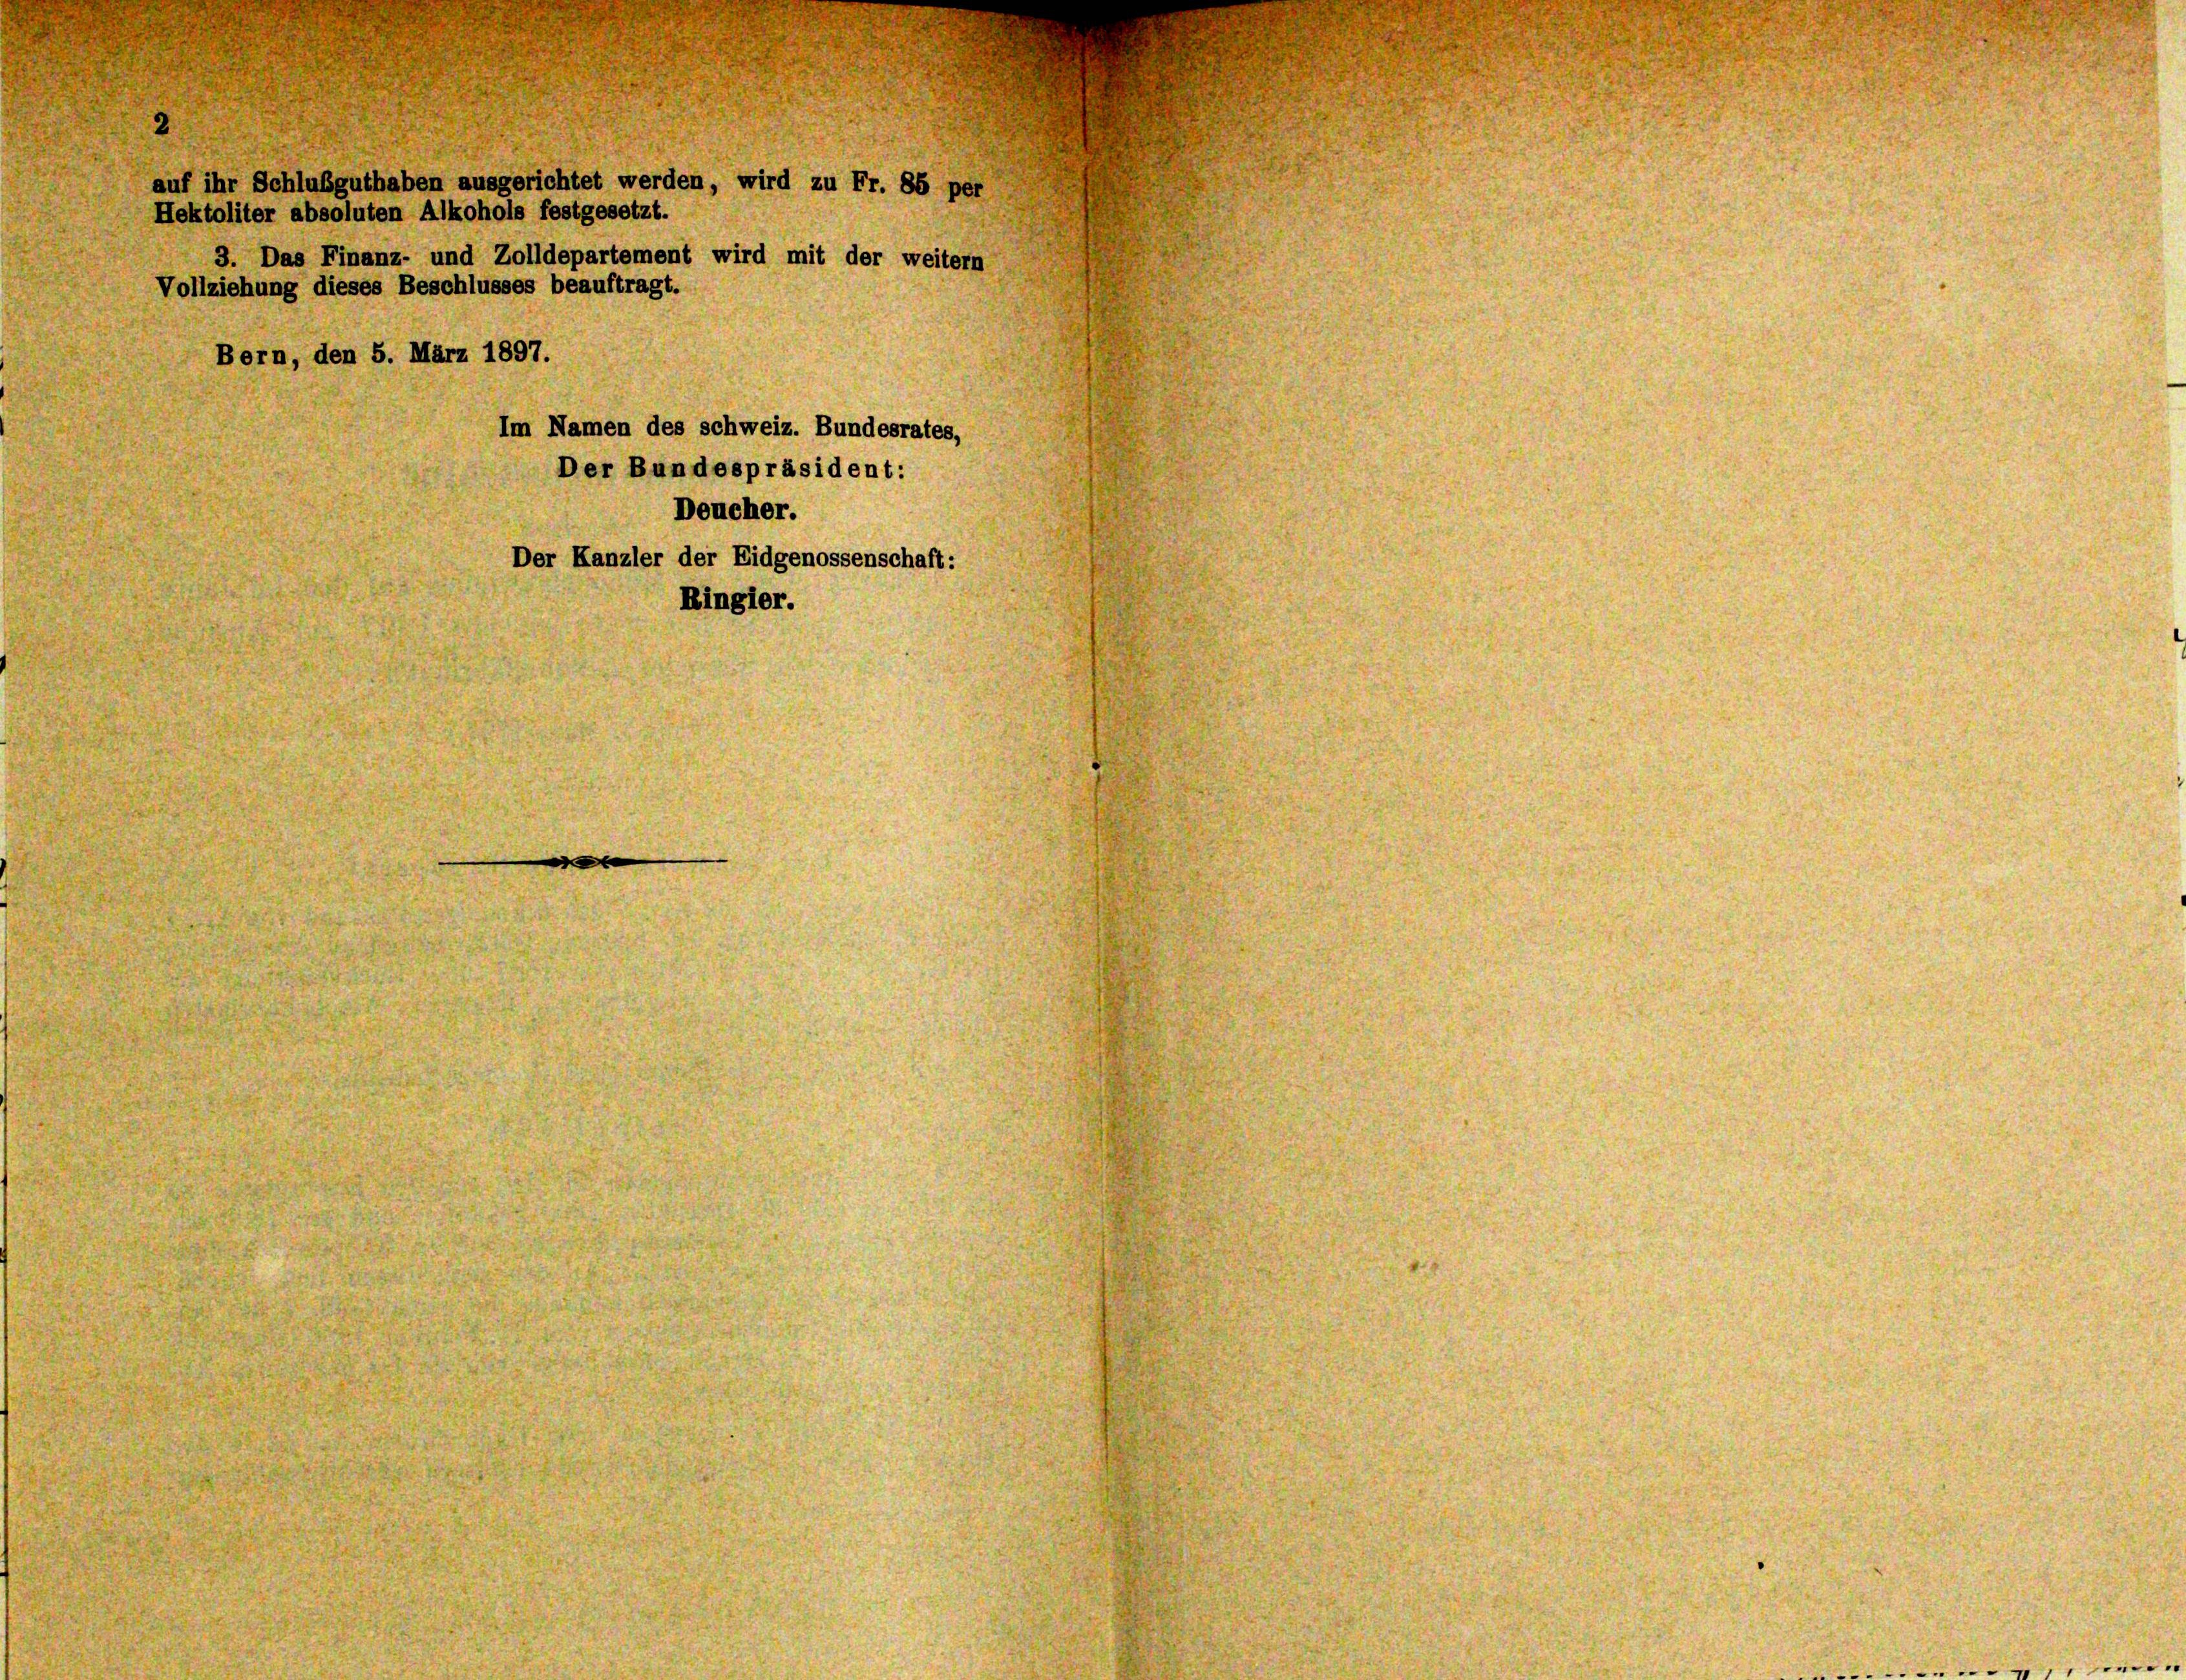
Hektoliter absoluten Alkohols festgesetzt.
Vollziehung dieses Beschlusses beauftragt.
Bern, den 5. März 1897.
Der Kanzler der Eidgenossenschaft:
Ringler.

auf ihr Schlußguthaben ausgerichtet werden, wird zu Fr. 86 per

3. Das Finanz- und Zolldepartement wird mit der weitern

Im Namen des schweiz. Bundesrates,
Der Bundespräsident:
Deucher.